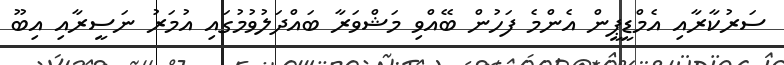
ސަރުކާރާއި އެމްޑީޕީން އެންމެ ފަހުން ބޭއްވި މަޝްވަރާ ބައްދަލުވުމުގައި އުމަރު ނަސީރާއި އިބޫ